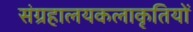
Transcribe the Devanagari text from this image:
संग्रहालयकलाकृतियों